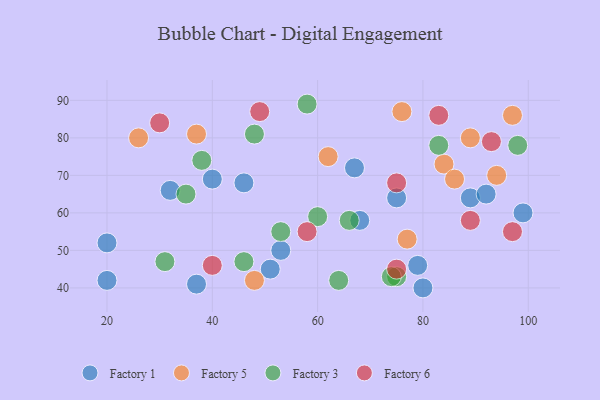
{"axis": {"x": "GDP", "y": "Life Expectancy"}, "legend": ["Factory 1", "Factory 3", "Factory 5", "Factory 6"], "data": [{"x": "68", "y": 58, "type": "Factory 1"}, {"x": "51", "y": 45, "type": "Factory 1"}, {"x": "80", "y": 40, "type": "Factory 1"}, {"x": "89", "y": 64, "type": "Factory 1"}, {"x": "46", "y": 68, "type": "Factory 1"}, {"x": "20", "y": 52, "type": "Factory 1"}, {"x": "40", "y": 69, "type": "Factory 1"}, {"x": "37", "y": 41, "type": "Factory 1"}, {"x": "99", "y": 60, "type": "Factory 1"}, {"x": "67", "y": 72, "type": "Factory 1"}, {"x": "79", "y": 46, "type": "Factory 1"}, {"x": "75", "y": 64, "type": "Factory 1"}, {"x": "92", "y": 65, "type": "Factory 1"}, {"x": "53", "y": 50, "type": "Factory 1"}, {"x": "32", "y": 66, "type": "Factory 1"}, {"x": "20", "y": 42, "type": "Factory 1"}, {"x": "77", "y": 53, "type": "Factory 5"}, {"x": "37", "y": 81, "type": "Factory 5"}, {"x": "97", "y": 86, "type": "Factory 5"}, {"x": "26", "y": 80, "type": "Factory 5"}, {"x": "48", "y": 42, "type": "Factory 5"}, {"x": "89", "y": 80, "type": "Factory 5"}, {"x": "84", "y": 73, "type": "Factory 5"}, {"x": "94", "y": 70, "type": "Factory 5"}, {"x": "86", "y": 69, "type": "Factory 5"}, {"x": "76", "y": 87, "type": "Factory 5"}, {"x": "62", "y": 75, "type": "Factory 5"}, {"x": "31", "y": 47, "type": "Factory 3"}, {"x": "60", "y": 59, "type": "Factory 3"}, {"x": "53", "y": 55, "type": "Factory 3"}, {"x": "35", "y": 65, "type": "Factory 3"}, {"x": "64", "y": 42, "type": "Factory 3"}, {"x": "83", "y": 78, "type": "Factory 3"}, {"x": "75", "y": 43, "type": "Factory 3"}, {"x": "46", "y": 47, "type": "Factory 3"}, {"x": "74", "y": 43, "type": "Factory 3"}, {"x": "48", "y": 81, "type": "Factory 3"}, {"x": "38", "y": 74, "type": "Factory 3"}, {"x": "66", "y": 58, "type": "Factory 3"}, {"x": "58", "y": 89, "type": "Factory 3"}, {"x": "98", "y": 78, "type": "Factory 3"}, {"x": "75", "y": 45, "type": "Factory 6"}, {"x": "89", "y": 58, "type": "Factory 6"}, {"x": "58", "y": 55, "type": "Factory 6"}, {"x": "97", "y": 55, "type": "Factory 6"}, {"x": "75", "y": 68, "type": "Factory 6"}, {"x": "83", "y": 86, "type": "Factory 6"}, {"x": "40", "y": 46, "type": "Factory 6"}, {"x": "30", "y": 84, "type": "Factory 6"}, {"x": "49", "y": 87, "type": "Factory 6"}, {"x": "93", "y": 79, "type": "Factory 6"}]}